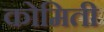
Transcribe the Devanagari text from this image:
कोमिती